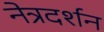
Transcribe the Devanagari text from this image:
नेत्रदर्शन